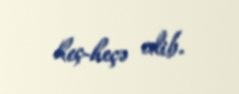
heç-heçə edib.